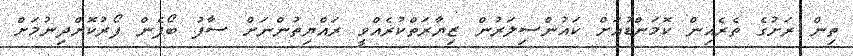
ތިން ރަށުގެ ތެރެއިން ކޮމަންޑުއަށް ކައުންސިލަރުން ޒިޔާރަތްކުރެއްވީ ރައްޔިތުންނަށް ސާފު ބޯފެން ފޯރުކޮށްދިނުމަށް